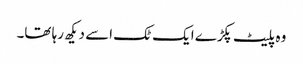
وہ پلیٹ پکڑے ایک ٹک اسے دیکھ رہا تھا۔